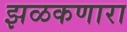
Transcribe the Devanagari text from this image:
झळकणारा